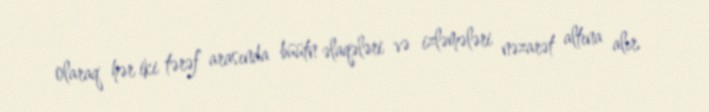
olaraq hər iki tərəf arasında büütn əlaqələri və izləmələri nəzarət altına alır.